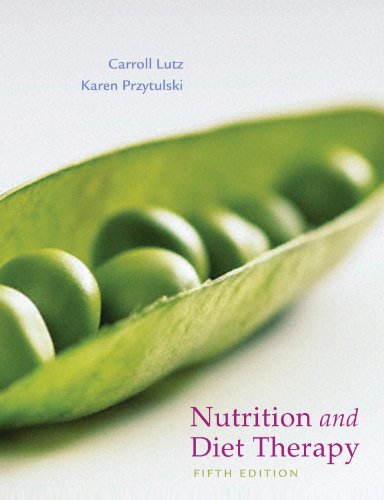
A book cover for Nutrition and Diet Therapy; Carroll A. Lutz MA  RN; Medical Books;